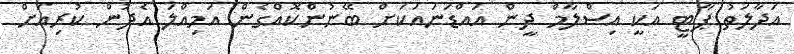
އަދާލަތު ޕާޓީ އަކީ އިސްލާމް ދީން އައްޑަނައަކަށް ބޭނުންކޮއްގެން އަމިއްލަ އެދުން ކުރިއަށް